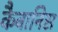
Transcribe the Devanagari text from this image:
कैबानिस